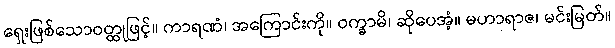
ရှေးဖြစ်သောဝတ္ထုဖြင့်။ ကာရဏံ၊ အကြောင်းကို။ ဝက္ခာမိ၊ ဆိုပေအံ့။ မဟာရာဇ၊ မင်းမြတ်။